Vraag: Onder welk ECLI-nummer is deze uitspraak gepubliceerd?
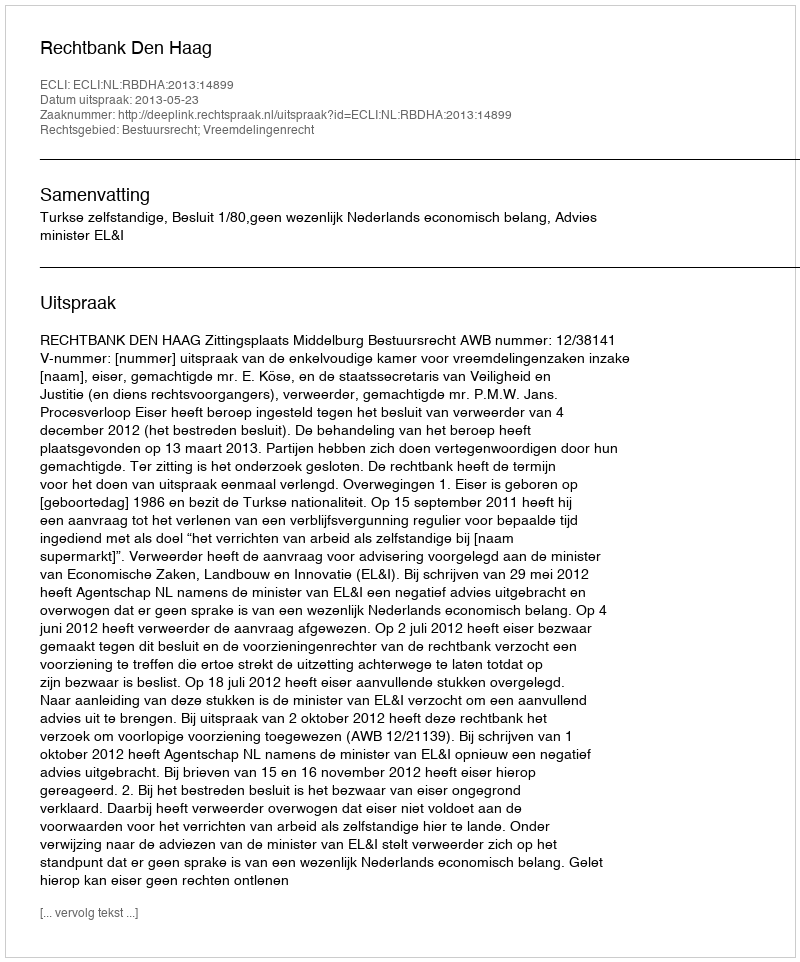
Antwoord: ECLI:NL:RBDHA:2013:14899